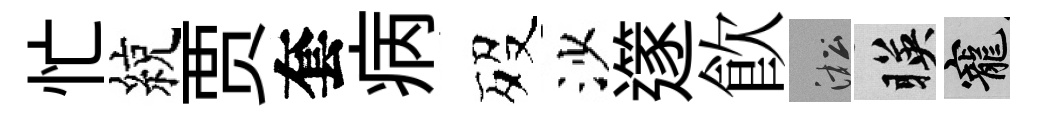
忙綂贾套病歿沙𨗹飮淞暎寵